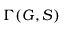
\Gamma ( G , S )